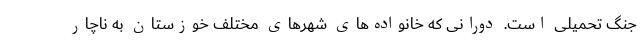
جنگ تحمیلی است. دورانی که خانواده‌های شهرهای مختلف خوزستان به ناچار